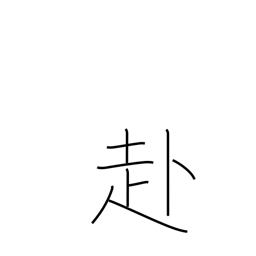
Meaning: tend